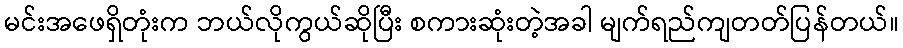
မင်းအဖေရှိတုံးက ဘယ်လိုကွယ်ဆိုပြီး စကားဆုံးတဲ့အခါ မျက်ရည်ကျတတ်ပြန်တယ်။